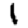
Digit: 1